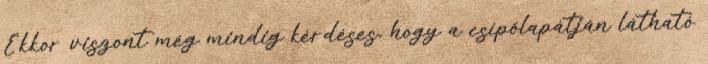
Ekkor viszont még mindig kérdéses, hogy a csípőlapátján látható